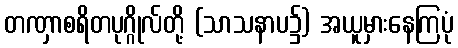
တဏှာစရိတပုဂ္ဂိုလ်တို့ (သာသနာပ၌) အယူမှားနေကြပုံ